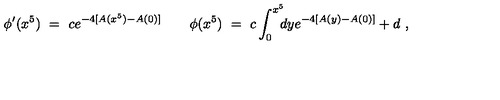
\phi ^ { \prime } ( x ^ { 5 } ) \ = \ c e ^ { - 4 [ A ( x ^ { 5 } ) - A ( 0 ) ] } \qquad \phi ( x ^ { 5 } ) \ = \ c \int _ { 0 } ^ { x ^ { 5 } } \! \! \! d y e ^ { - 4 [ A ( y ) - A ( 0 ) ] } + d \ ,